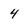
Character: 4